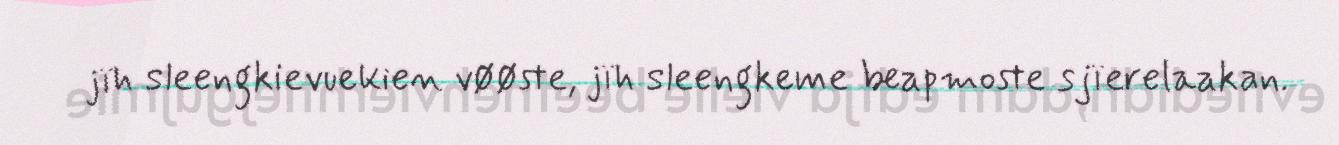
jïh sleengkievuekien vøøste, jïh sleengkeme beapmoste sjïerelaakan.